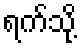
ရက်သို့